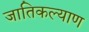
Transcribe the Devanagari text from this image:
जातिकल्याण